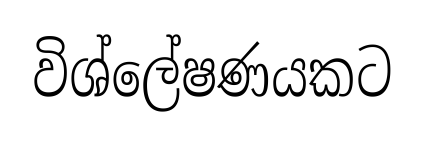
විශ්ලේෂණයකට